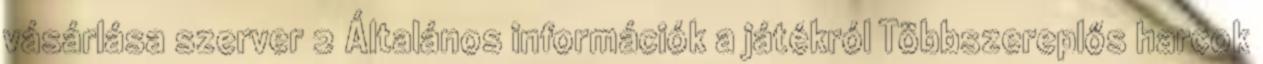
vásárlása szerver 2 Általános információk a játékról Többszereplős harcok